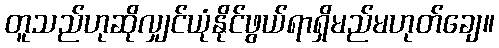
တူသည်ဟုဆိုလျှင်ယုံနိုင်ဖွယ်ရာရှိမည်မဟုတ်ချေ။